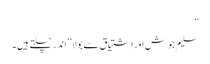
‘‘
سلیم جوش اور اشتیاق سے بولا’’اندر چلتے ہیں۔